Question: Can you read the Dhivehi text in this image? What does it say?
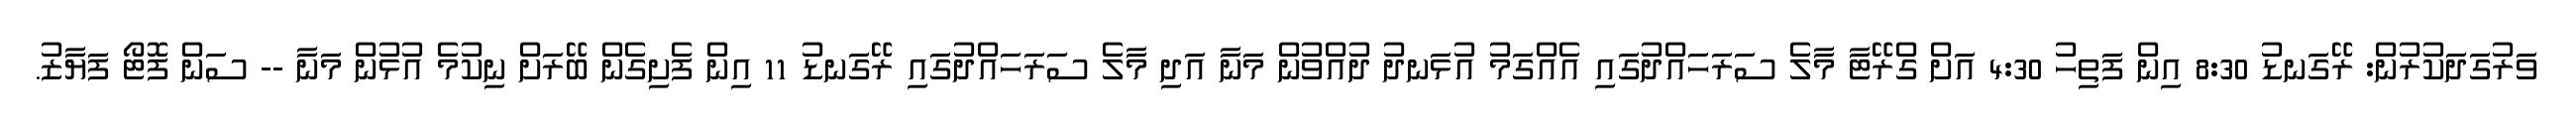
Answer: ވަރުގަދަކުރުން: ރޭގަނޑު 8:30 އިން ފަތިހު 4:30 އަށް ގްރޭޓާ މާލެ ސަރަހައްދުގައި އެއްގަމު އުޅަނދު ދުއްވުން މަނާ އަދި މާލެ ސަރަހައްދުގައި ރޭގަނޑު 11 އިން ފެށިގެން ބޭރަށް ނިކުމެ އުޅުން މަނާ -- ސަން ފޮޓޯ ފަޔާޒު.